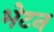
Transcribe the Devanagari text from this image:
भेटन